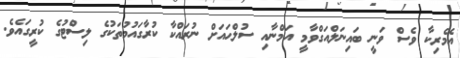
އެމެރިކާ ވެސް ވަނީ ބައިނަލްއަގްވާމީ އަމްނާއި ސުލްޙައަށް ނުރައްކާ ކުރާގައުމުތަކުގެ ލިސްޓުގެ ކުރީގައެވެ.